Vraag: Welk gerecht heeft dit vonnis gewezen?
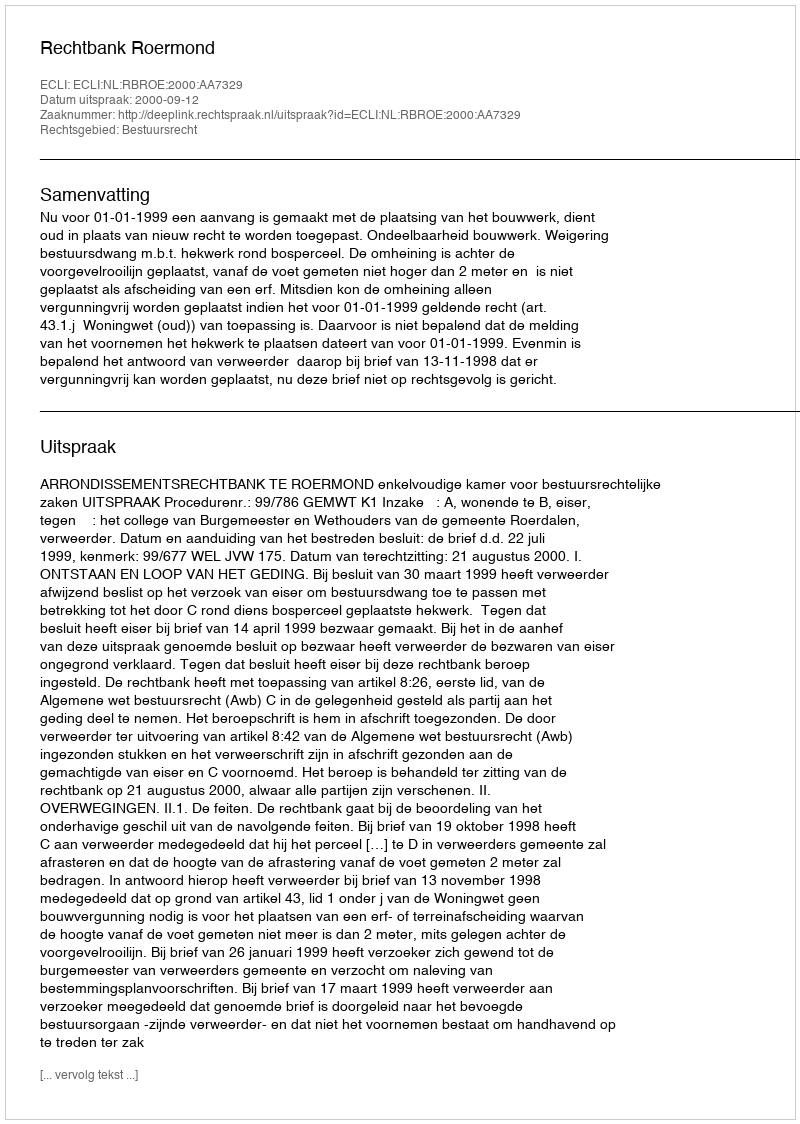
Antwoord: Rechtbank Roermond